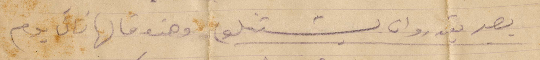
يصير يقدرو ان يشتغلو وهذه قالها ثاني يوم